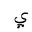
Letter: _ya